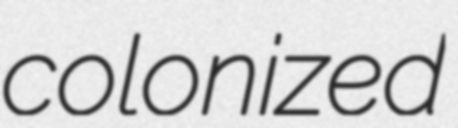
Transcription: colonized